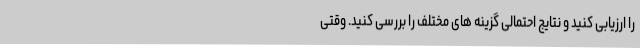
را ارزیابی کنید و نتایج احتمالی گزینه های مختلف را بررسی کنید. وقتی